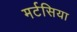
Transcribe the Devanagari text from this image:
मर्टसिया